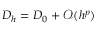
D _ { h } = D _ { 0 } + \mathcal { O } ( h ^ { p } )